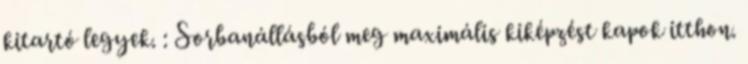
kitartó legyek. : Sorbanállásból meg maximális kiképzést kapok itthon.